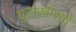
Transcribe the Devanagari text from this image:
घुसखोराचे